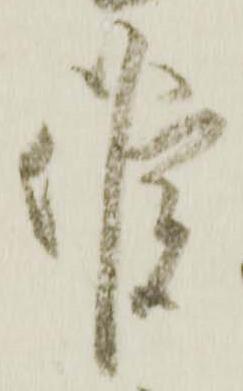
候